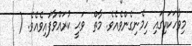
މިވާހަކައިގައި ހިމެނިގެންވެއެވެ. މާތް  ވަޙީ ކުރައްވާފައިވެއެވެ. (